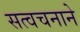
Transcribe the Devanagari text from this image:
सत्वचनाने